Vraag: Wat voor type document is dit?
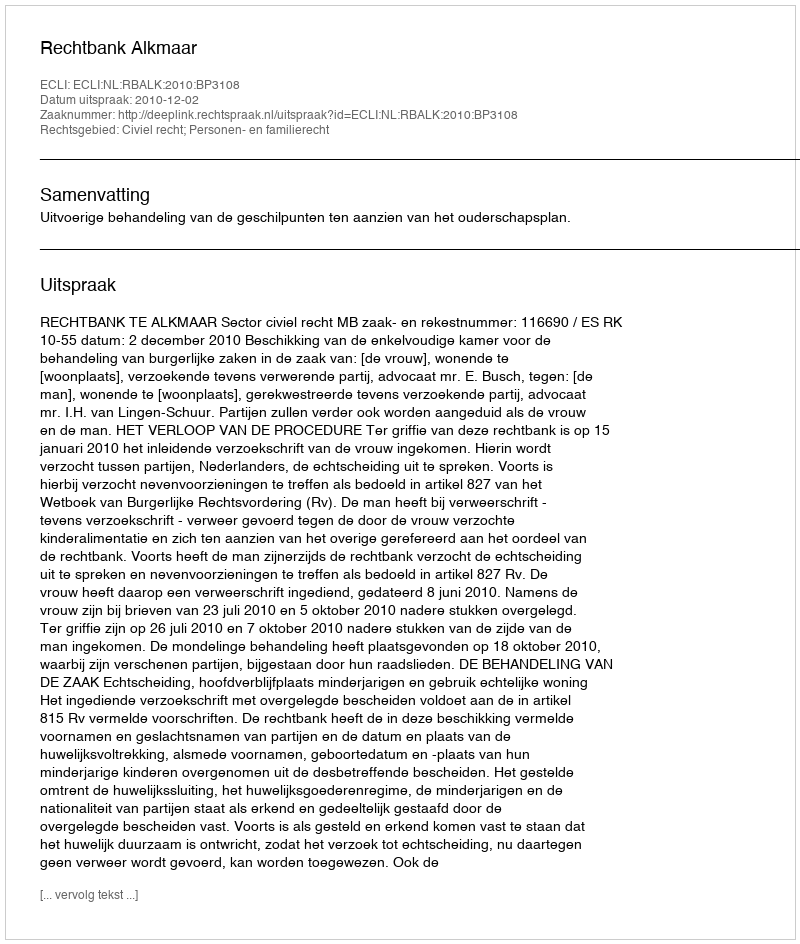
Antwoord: Uitspraak